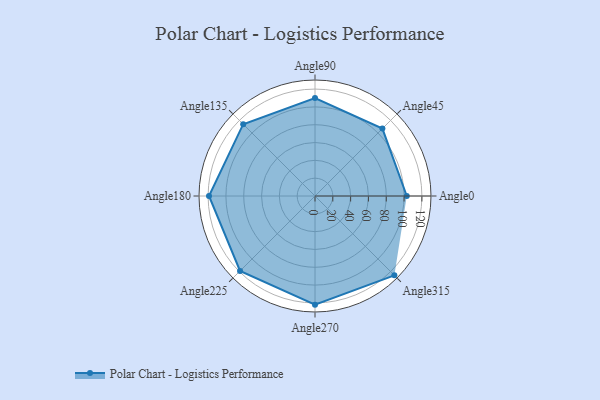
{"axis": {"x": "Angle", "y": "Radius"}, "legend": [""], "data": [{"x": "Angle0", "y": 103.0, "type": ""}, {"x": "Angle45", "y": 107.0, "type": ""}, {"x": "Angle90", "y": 110.0, "type": ""}, {"x": "Angle135", "y": 114.0, "type": ""}, {"x": "Angle180", "y": 119.0, "type": ""}, {"x": "Angle225", "y": 119.0, "type": ""}, {"x": "Angle270", "y": 122.0, "type": ""}, {"x": "Angle315", "y": 126.0, "type": ""}]}